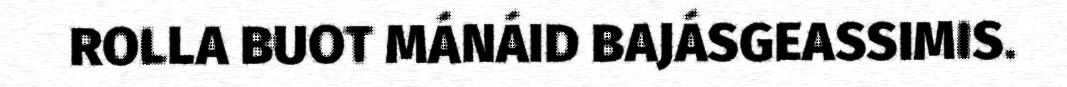
ROLLA BUOT MÁNÁID BAJÁSGEASSIMIS.